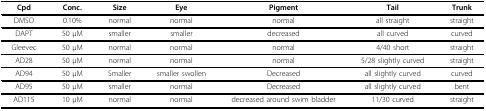
| Cpd | Conc. | Size | Eye | Pigment | Tail | Trunk |
 | --- | --- | --- | --- | --- | --- | --- |
 | DMSO | 0.10% | normal | normal | normal | all straight | straight |
 | DAPT | 50 μM | smaller | smaller | decreased | all curved | curved |
 | Gleevec | 50 μM | normal | normal | normal | 4/40 short | straight |
 | AD28 | 50 μM | normal | normal | normal | 5/28 slightly curved | straight |
 | AD94 | 50 μM | Smaller | smaller swollen | Decreased | all slightly curved | curved |
 | AD95 | 50 μM | smaller | normal | Decreased | all slightly curved | bent |
 | AD115 | 10 μM | normal | normal | decreased around swim bladder | 11/30 curved | straight |